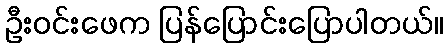
ဦးဝင်းဖေက ပြန်ပြောင်းပြောပါတယ်။